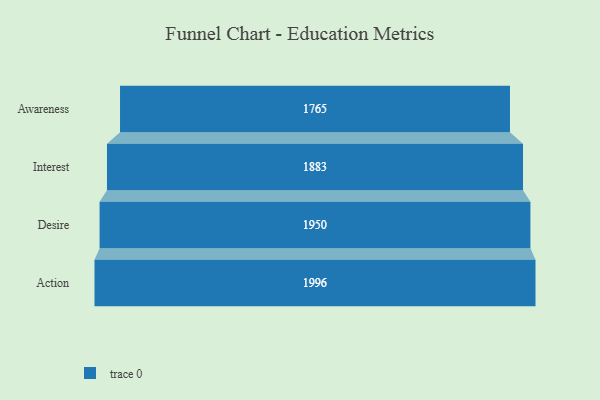
{"axis": {"x": "Stage", "y": "Value"}, "legend": [""], "data": [{"x": "Awareness", "y": 1765.0, "type": ""}, {"x": "Interest", "y": 1883.0, "type": ""}, {"x": "Desire", "y": 1950.0, "type": ""}, {"x": "Action", "y": 1996.0, "type": ""}]}